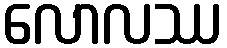
လောလဿ